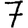
Digit: 7